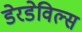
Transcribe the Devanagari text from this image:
डेरडेविल्स